Scientific memoirs by medical officers of the Army of India - Part X,
Year: 1897
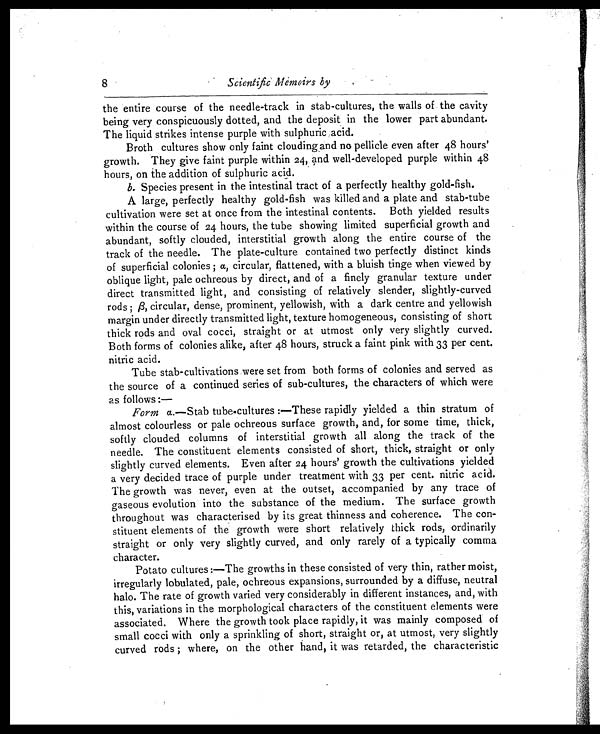
8
Scientific Memoirs by
the entire course of the needle-track in stab-cultures, the walls of the cavity
being very conspicuously dotted, and the deposit in the lower part abundant.
The liquid strikes intense purple with sulphuric acid.
Broth cultures show only faint clouding and no pellicle even after 48 hours'
growth. They give faint purple within 24, and well-developed purple within 48
hours, on the addition of sulphuric acid.
b. Species present in the intestinal tract of a perfectly healthy gold-fish.
A large, perfectly healthy gold-fish was killed and a plate and stab-tube
cultivation were set at once from the intestinal contents. Both yielded results
within the course of 24 hours, the tube showing limited superficial growth and
abundant, softly clouded, interstitial growth along the entire course of the
track of the needle. The plate-culture contained two perfectly distinct kinds
of superficial colonies ; α ,
c i r c u l a r , f l a t t e n e d , w i t h a b l u i s h t i n g e w h e n v i e w e d b y
oblique light, pale ochreous by direct, and of a finely granular texture under
direct transmitted light, and consisting of relatively slender, slightly-curved
rods ; β, circular, dense, prominent, yellowish, with a dark centre and yellowish
margin under directly transmitted light, texture homogeneous, consisting of short
thick rods and oval cocci, straight or at utmost only very slightly curved.
Both forms of colonies alike, after 48 hours, struck a faint pink with 33 per cent.
nitric acid.
Tube stab-cultivations were set from both forms of colonies and served as
the source of a continued series of sub-cultures, the characters of which were
as follows:—
Form a .—Stab tube-cultures :—These rapidly yielded a thin stratum of
almost colourless or pale ochreous surface growth, and, for some time, thick,
softly clouded columns of interstitial growth all along the track of the
needle. The constituent elements consisted of short, thick, straight or only
slightly curved elements. Even after 24 hours' growth the cultivations yielded
a very decided trace of purple under treatment with 33 per cent. nitric acid.
The growth was never, even at the outset, accompanied by any trace of
gaseous evolution into the substance of the medium. The surface growth
throughout was characterised by its great thinness and coherence. The con
- s t i t u e n t e l e m e n t s o f t h e g r o w t h w e r e s h o r t r e l a t i v e l y t h i c k r o d s , o r d i n a r i l y
straight or only very slightly curved, and only rarely of a typically comma
character.
Potato cultures :—The growths in these consisted of very thin, rather moist,
irregularly lobulated, pale, ochreous expansions, surrounded by a diffuse, neutral
halo. The rate of growth varied very considerably in different instances, and, with
this, variations in the morphological characters of the constituent elements were
associated. Where the growth took place rapidly, it was mainly composed of
small cocci with only a sprinkling of short, straight or, at utmost, very slightly
curved rods ; where, on the other hand, it was retarded, the characteristic